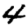
Digit: 4